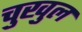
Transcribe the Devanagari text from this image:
चुखुल